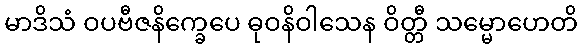
မာဒိသံ ဝပဗီဇနိက္ခေပေ ဓုဝနိဝါသေန ဝိတ္တီ သမ္မောဟေတိ